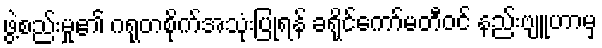
ဖွဲ့စည်းမှု၏ ဂရုတစိုက်အသုံးပြုရန် ခရိုင်ကော်မတီဝင် နည်းဗျူဟာမှ